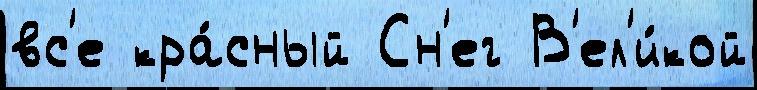
вс'е кра́сный Сн'ег В'ел'и́кой